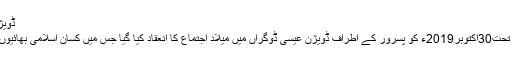
ڈویژن عیسیٰ ڈوگراں میں میلاد اجتماع کا انعقاد
دعوتِ اسلامی کی مجلس اطراف گاؤں کے تحت30اکتوبر2019ء کو پسرور کے اطراف ڈویژن عیسیٰ ڈوگراں میں میلاد اجتماع کا انعقاد کیا گیا جس میں کسان اسلامی بھائیوں سمیت دیگر عاشقانِ رسول نے شرکت کی۔